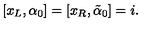
[ x _ { L } , \alpha _ { 0 } ] = [ x _ { R } , \tilde { \alpha } _ { 0 } ] = i .